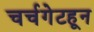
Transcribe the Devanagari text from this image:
चर्चगेटहून